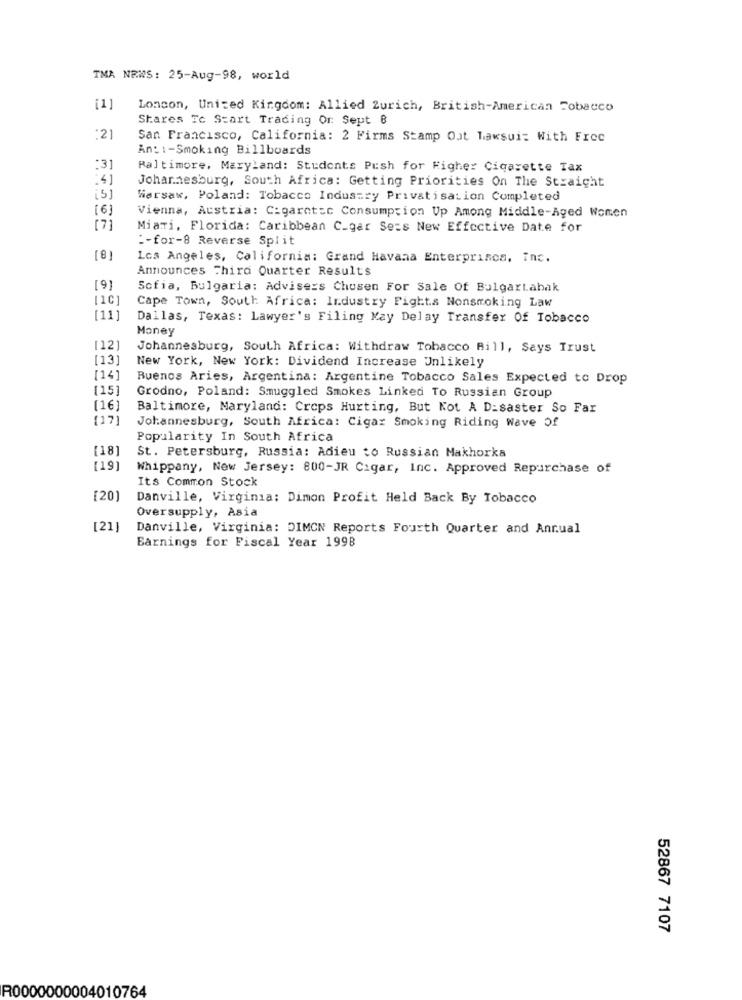
TMA NEWS: 25-Aug-98, world
[1]
London, United Kingdom: Allied Zurich, British-American Tobacco
Shares To Start Trading Or: Sept 8
:21
San Francisco, California: 2 Firms Stamp Out lawsuit With Free
Ån:1-Smoking Billboards
:31
Baltimore, Maryland: Students Push for Higher Cigarette Tax
Johannesburg, South Africa: Getting Priorities On The Straight
[5]
Warsaw, Poland: Tobacco Industry Privatisation Completed
[6]
Vienna, Austria: Cigarette Consumption Up Among Middle-Aged Women
[7]
Miami, Florida: Caribbean C_gar Se=s New Effective Date for
:- for-8 Reverse Split
[8]
Los Angeles, California: Grand Havana Enterprisca, Inc.
Announces Third Quarter Results
[9]
Sofia, Bulgaria: Advisers Chosen For Sale Of Bulgartabak
[10]
Cape Town, South Africa: Industry Fights Nonsmoking Law
[11]
Dallas, Texas: Lawyer's Filing Kay Delay Transfer Of Tobacco
Money
[12]
Johannesburg, South Africa: Withdraw Tobacco Bill, Says Trust
[13]
New York, New York: Dividend Increase Unlikely
[141
Buenos Aries, Argentina: Argentine Tobacco Sales Expected to Drop
[15]
Grodno, Poland: Smuggled Smokes Linked To Russian Group
[16]
Baltimore, Maryland: Crops Hurting, But Not A Disaster So Far
(17)
Johannesburg, South Africa: Cigar Smoking Riding Wave Of
Popularity In South Africa
[18]
St. Petersburg, Russia: Adieu to Russian Makhorka
[19]
Whippany, New Jersey: 800-JR Cigar, Inc. Approved Repurchase of
Its Common Stock
[20]
Danville, Virginia: Dimon Profit Held Back By Tobacco
Oversupply, Asia
[21]
Danville, Virginia: DIMON Reports Fourth Quarter and Annual
Earnings for Fiscal Year 1998
52867 7107
R0000000004010764